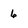
Character: 6